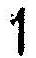
1